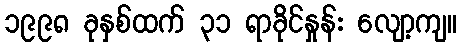
၁၉၉၈ ခုနှစ်ထက် ၃၁ ရာခိုင်နှုန်း လျော့ကျ။